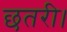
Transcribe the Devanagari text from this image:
छतरी।